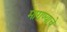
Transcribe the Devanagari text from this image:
मागण्याचे